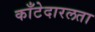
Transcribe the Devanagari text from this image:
काँटेदारलता